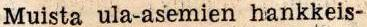
Muista ula-asemien hankkeis-